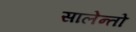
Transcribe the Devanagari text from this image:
सालेन्तो